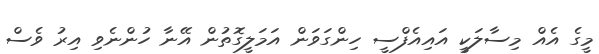
މީގެ އެއް މިސާލަކީ އައިއެފްސީ ހިންގަވަން އަމަލީގޮތުން އޭނާ ހުންނެވި އިރު ވެސް